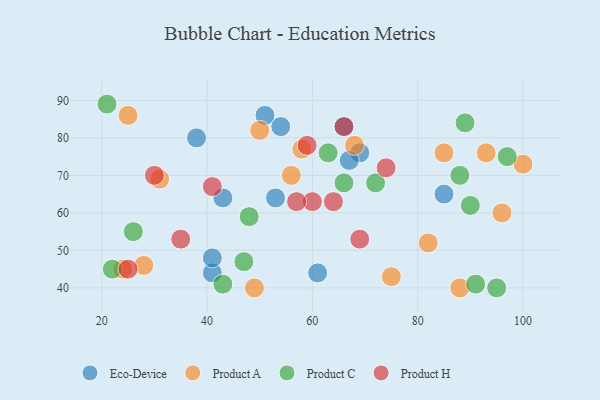
{"axis": {"x": "GDP", "y": "Life Expectancy"}, "legend": ["Eco-Device", "Product A", "Product C", "Product H"], "data": [{"x": "43", "y": 64, "type": "Eco-Device"}, {"x": "41", "y": 44, "type": "Eco-Device"}, {"x": "53", "y": 64, "type": "Eco-Device"}, {"x": "85", "y": 65, "type": "Eco-Device"}, {"x": "41", "y": 48, "type": "Eco-Device"}, {"x": "38", "y": 80, "type": "Eco-Device"}, {"x": "51", "y": 86, "type": "Eco-Device"}, {"x": "61", "y": 44, "type": "Eco-Device"}, {"x": "69", "y": 76, "type": "Eco-Device"}, {"x": "67", "y": 74, "type": "Eco-Device"}, {"x": "54", "y": 83, "type": "Eco-Device"}, {"x": "66", "y": 83, "type": "Eco-Device"}, {"x": "82", "y": 52, "type": "Product A"}, {"x": "50", "y": 82, "type": "Product A"}, {"x": "93", "y": 76, "type": "Product A"}, {"x": "88", "y": 40, "type": "Product A"}, {"x": "28", "y": 46, "type": "Product A"}, {"x": "85", "y": 76, "type": "Product A"}, {"x": "96", "y": 60, "type": "Product A"}, {"x": "25", "y": 86, "type": "Product A"}, {"x": "68", "y": 78, "type": "Product A"}, {"x": "49", "y": 40, "type": "Product A"}, {"x": "100", "y": 73, "type": "Product A"}, {"x": "24", "y": 45, "type": "Product A"}, {"x": "56", "y": 70, "type": "Product A"}, {"x": "75", "y": 43, "type": "Product A"}, {"x": "31", "y": 69, "type": "Product A"}, {"x": "58", "y": 77, "type": "Product A"}, {"x": "97", "y": 75, "type": "Product C"}, {"x": "95", "y": 40, "type": "Product C"}, {"x": "43", "y": 41, "type": "Product C"}, {"x": "22", "y": 45, "type": "Product C"}, {"x": "72", "y": 68, "type": "Product C"}, {"x": "26", "y": 55, "type": "Product C"}, {"x": "63", "y": 76, "type": "Product C"}, {"x": "91", "y": 41, "type": "Product C"}, {"x": "88", "y": 70, "type": "Product C"}, {"x": "48", "y": 59, "type": "Product C"}, {"x": "89", "y": 84, "type": "Product C"}, {"x": "90", "y": 62, "type": "Product C"}, {"x": "66", "y": 68, "type": "Product C"}, {"x": "21", "y": 89, "type": "Product C"}, {"x": "47", "y": 47, "type": "Product C"}, {"x": "74", "y": 72, "type": "Product H"}, {"x": "25", "y": 45, "type": "Product H"}, {"x": "64", "y": 63, "type": "Product H"}, {"x": "60", "y": 63, "type": "Product H"}, {"x": "69", "y": 53, "type": "Product H"}, {"x": "35", "y": 53, "type": "Product H"}, {"x": "30", "y": 70, "type": "Product H"}, {"x": "66", "y": 83, "type": "Product H"}, {"x": "57", "y": 63, "type": "Product H"}, {"x": "59", "y": 78, "type": "Product H"}, {"x": "41", "y": 67, "type": "Product H"}]}